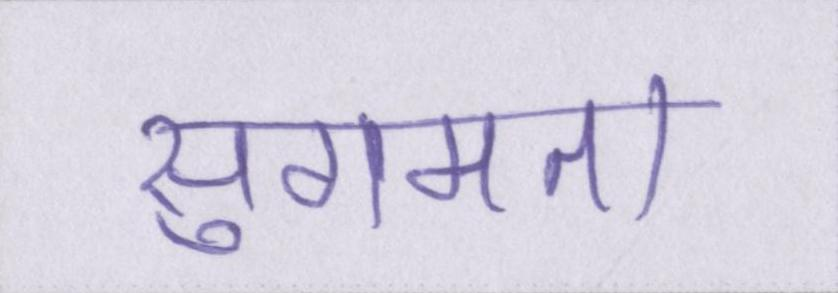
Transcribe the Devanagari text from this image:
सुगमता